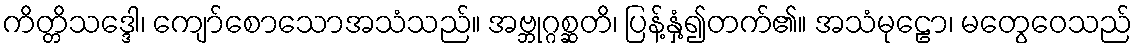
ကိတ္တိသဒ္ဒေါ၊ ကျော်စောသောအသံသည်။ အဗ္ဘုဂ္ဂစ္ဆတိ၊ ပြန့်နှံ့၍တက်၏။ အသံမုဠော၊ မတွေဝေသည်